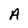
Character: A